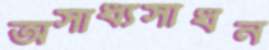
অসাধ্যসাধন